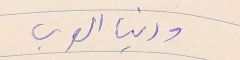
ودنيا العرب.